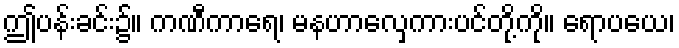
ဤပန်းခင်း၌။ ကဏီကာရေ၊ မနဟာလှေကားပင်တို့ကို။ ရောပယေ၊